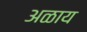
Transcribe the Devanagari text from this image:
अळाय